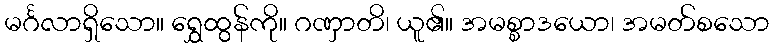
မင်္ဂလာရှိသော။ ရွှေထွန်ကို။ ဂဏှာတိ၊ ယူ၏။ အမစ္စာဒယော၊ အမတ်စသော